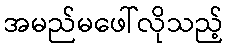
အမည်မဖေါ်လိုသည့်